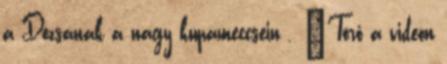
a Dózsának a nagy kupameccsein . 'Törő a videón